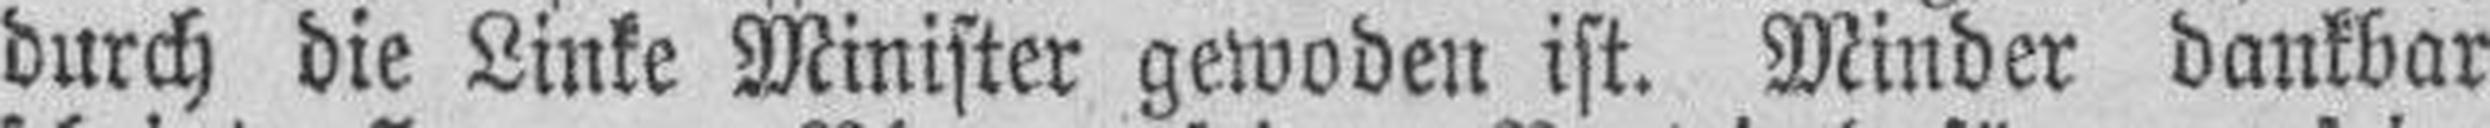
durch die Linke Minister gewoden ist. Minder dankbar